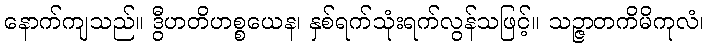
နောက်ကျသည်။ ဒွီဟတိဟစ္စယေန၊ နှစ်ရက်သုံးရက်လွန်သဖြင့်။ သဉ္ဇာတကိမိကုလံ၊